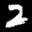
Label: 2